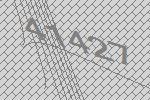
41427